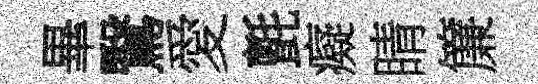
畢鷖愛氈癡睛簾